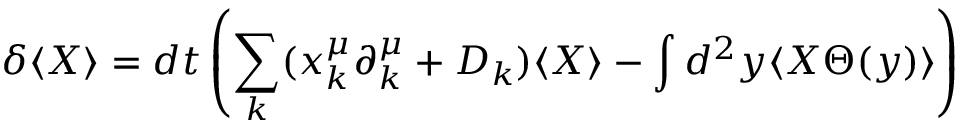
\delta \langle X \rangle = d t \left( \sum _ { k } ( x _ { k } ^ { \mu } \partial _ { k } ^ { \mu } + D _ { k } ) \langle X \rangle - \int d ^ { 2 } y \langle X \Theta ( y ) \rangle \right)